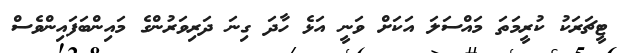
ޓީޗަރަކު ކުރީމަތަ މައްސަލަ އަކަށް ވަނީ އަޅެ ހާދަ ގިނަ ދަރިވަރުންގެ މައިންބަފައިންވެސް